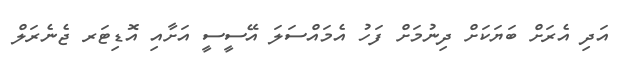
އަދި އެރަށް ބަޔަކަށް ދިނުމަށް ފަހު އެމައްސަލަ އޭސީސީ އަށާއި އޮޑިޓަރ ޖެނެރަލް